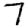
Digit: 7